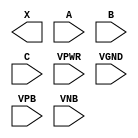
/**
 * Copyright 2020 The SkyWater PDK Authors
 *
 * Licensed under the Apache License, Version 2.0 (the "License");
 * you may not use this file except in compliance with the License.
 * You may obtain a copy of the License at
 *
 *     https://www.apache.org/licenses/LICENSE-2.0
 *
 * Unless required by applicable law or agreed to in writing, software
 * distributed under the License is distributed on an "AS IS" BASIS,
 * WITHOUT WARRANTIES OR CONDITIONS OF ANY KIND, either express or implied.
 * See the License for the specific language governing permissions and
 * limitations under the License.
 *
 * SPDX-License-Identifier: Apache-2.0
 */

`ifndef SKY130_FD_SC_LP__MAJ3_PP_BLACKBOX_V
`define SKY130_FD_SC_LP__MAJ3_PP_BLACKBOX_V

/**
 * maj3: 3-input majority vote.
 *
 * Verilog stub definition (black box with power pins).
 *
 * WARNING: This file is autogenerated, do not modify directly!
 */

`timescale 1ns / 1ps
`default_nettype none

(* blackbox *)
module sky130_fd_sc_lp__maj3 (
    X   ,
    A   ,
    B   ,
    C   ,
    VPWR,
    VGND,
    VPB ,
    VNB
);

    output X   ;
    input  A   ;
    input  B   ;
    input  C   ;
    input  VPWR;
    input  VGND;
    input  VPB ;
    input  VNB ;
endmodule

`default_nettype wire
`endif  // SKY130_FD_SC_LP__MAJ3_PP_BLACKBOX_V